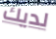
لديك